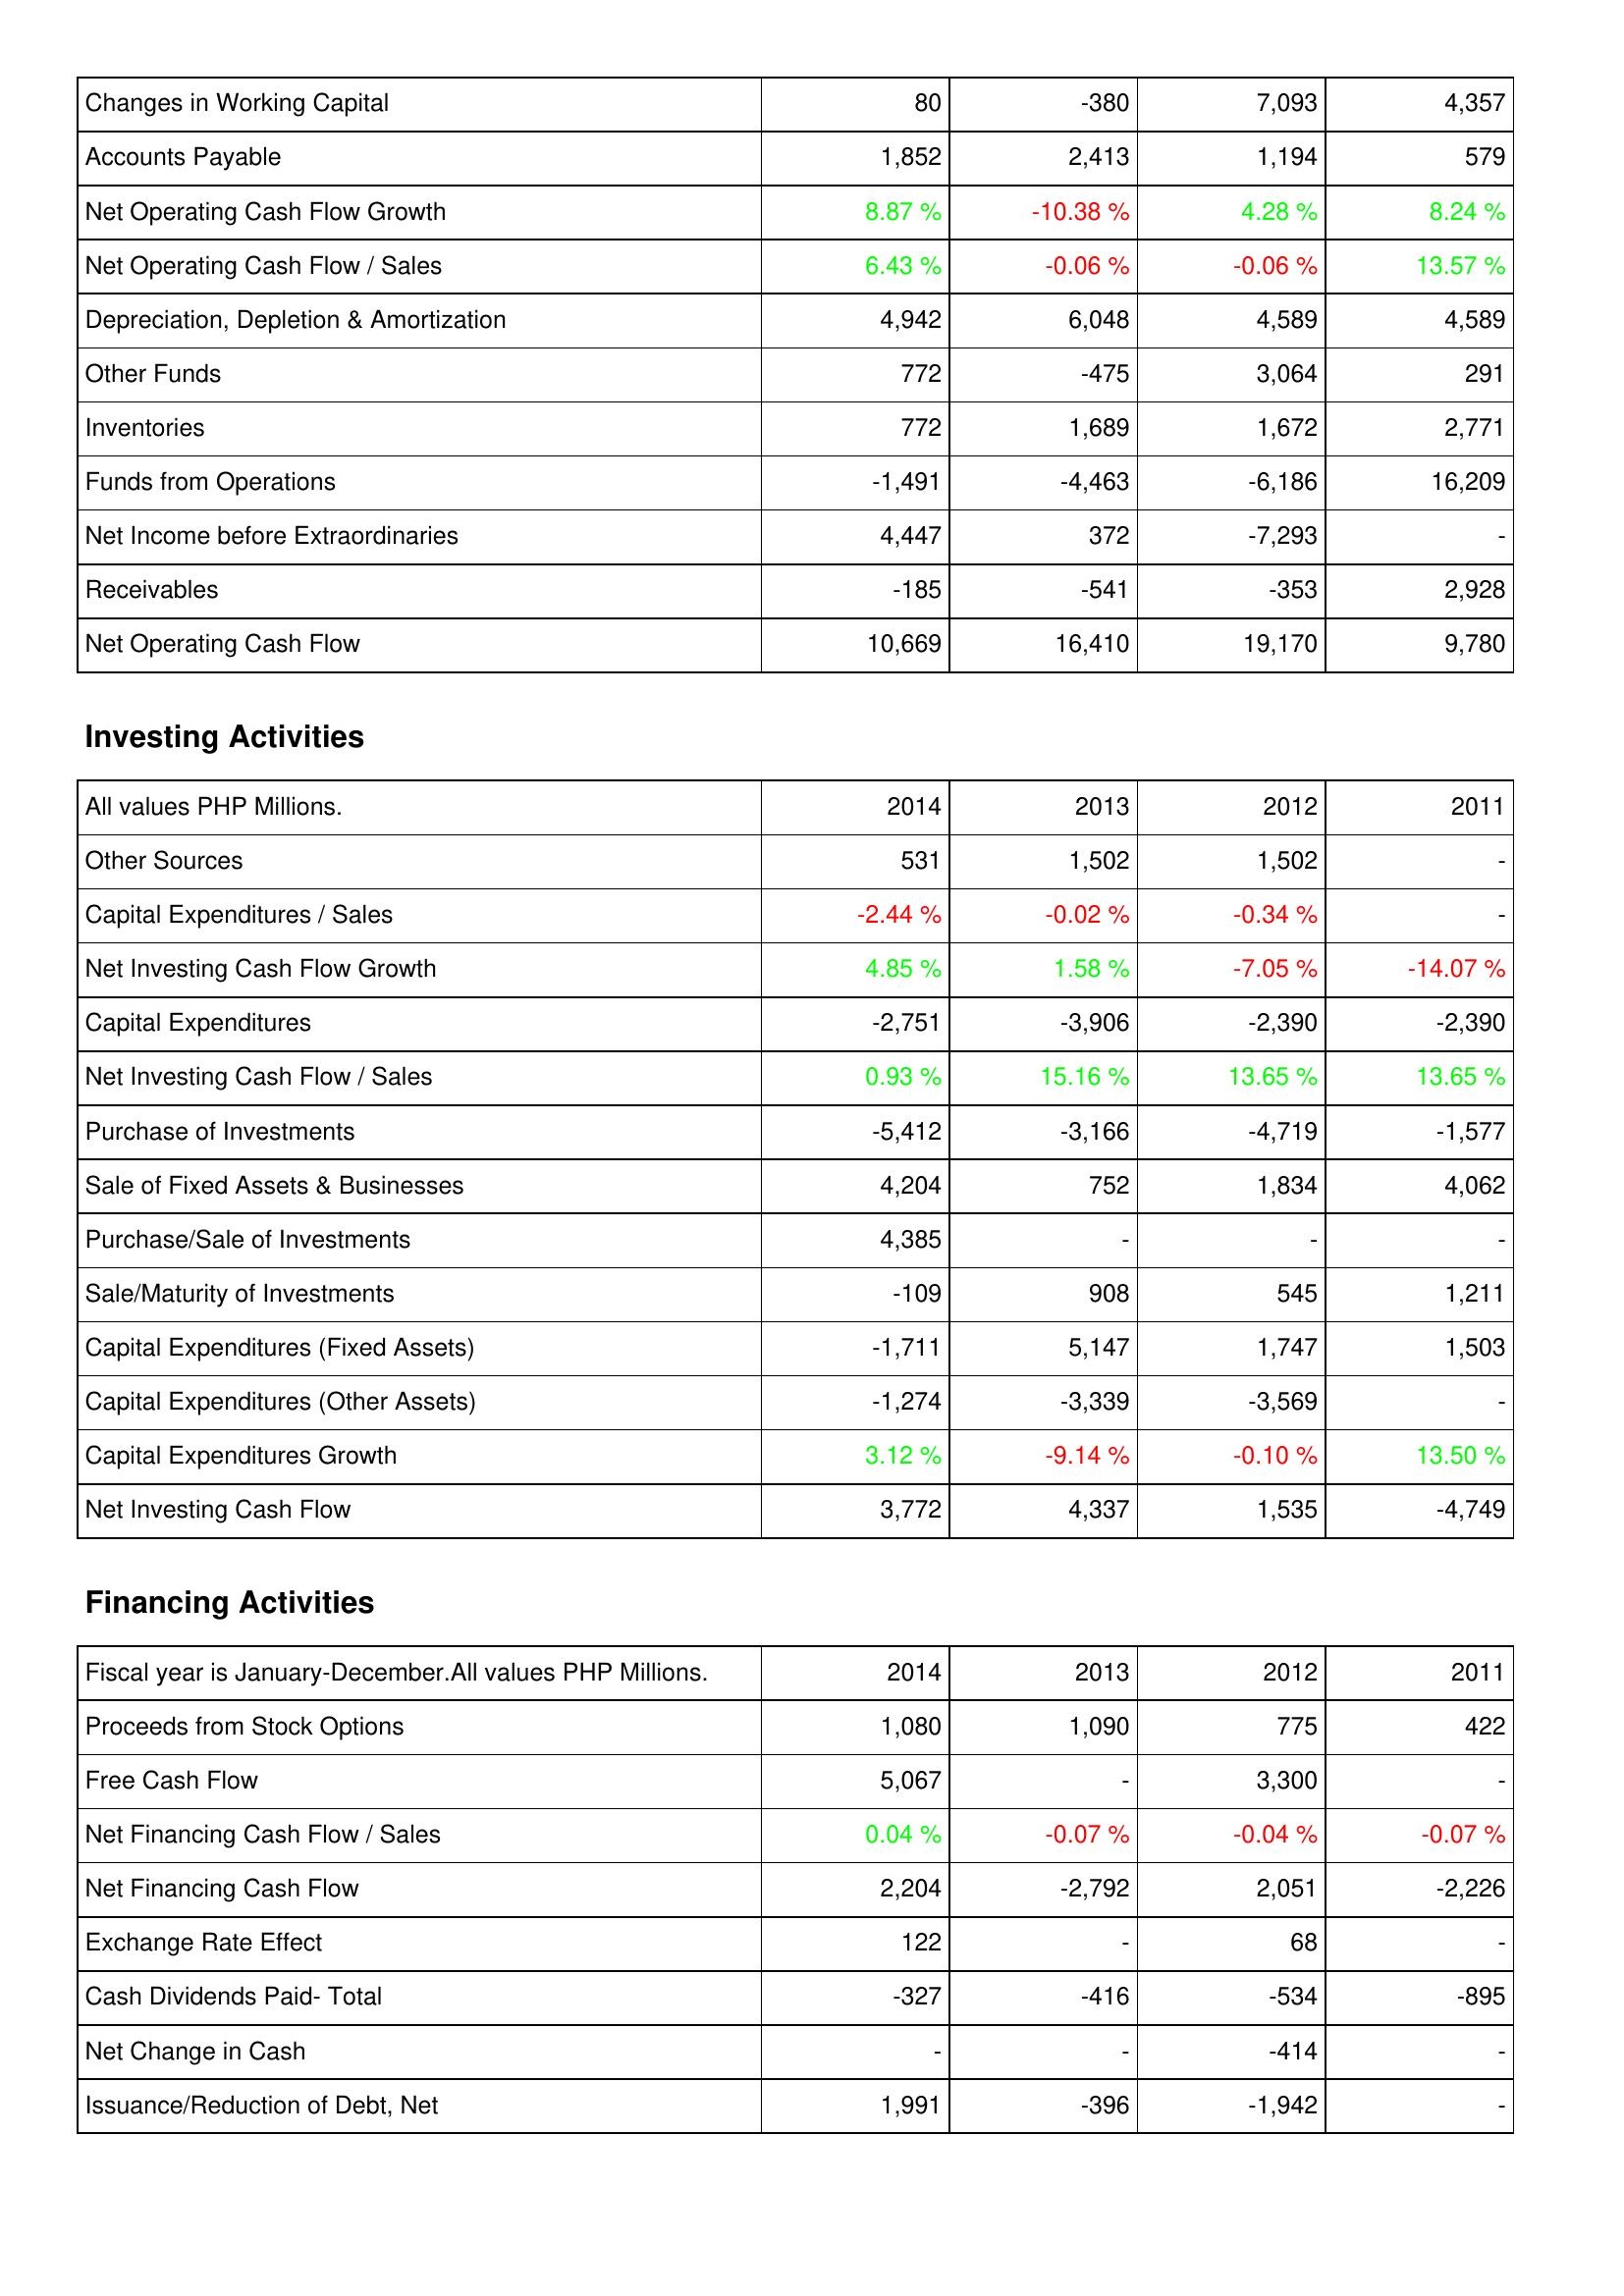
2014: Operating Activities: Changes in Working Capital: 80
Accounts Payable: 1,852
Net Operating Cash Flow Growth: 8.87 %
Net Operating Cash Flow / Sales: 6.43 %
Depreciation, Depletion & Amortization: 4,942
Other Funds: 772
Inventories: 772
Funds from Operations: -1,491
Net Income before Extraordinaries: 4,447
Receivables: -185
Net Operating Cash Flow: 10,669
Investing Activities: Other Sources: 531
Capital Expenditures / Sales: -2.44 %
Net Investing Cash Flow Growth: 4.85 %
Capital Expenditures: -2,751
Net Investing Cash Flow / Sales: 0.93 %
Purchase of Investments: -5,412
Sale of Fixed Assets & Businesses: 4,204
Purchase/Sale of Investments: 4,385
Sale/Maturity of Investments: -109
Capital Expenditures (Fixed Assets): -1,711
Capital Expenditures (Other Assets): -1,274
Capital Expenditures Growth: 3.12 %
Net Investing Cash Flow: 3,772
Financing Activities: Proceeds from Stock Options: 1,080
Free Cash Flow: 5,067
Net Financing Cash Flow / Sales: 0.04 %
Net Financing Cash Flow: 2,204
Exchange Rate Effect: 122
Cash Dividends Paid- Total: -327
Net Change in Cash: -
Issuance/Reduction of Debt, Net: 1,991
2013: Operating Activities: Changes in Working Capital: -380
Accounts Payable: 2,413
Net Operating Cash Flow Growth: -10.38 %
Net Operating Cash Flow / Sales: -0.06 %
Depreciation, Depletion & Amortization: 6,048
Other Funds: -475
Inventories: 1,689
Funds from Operations: -4,463
Net Income before Extraordinaries: 372
Receivables: -541
Net Operating Cash Flow: 16,410
Investing Activities: Other Sources: 1,502
Capital Expenditures / Sales: -0.02 %
Net Investing Cash Flow Growth: 1.58 %
Capital Expenditures: -3,906
Net Investing Cash Flow / Sales: 15.16 %
Purchase of Investments: -3,166
Sale of Fixed Assets & Businesses: 752
Purchase/Sale of Investments: -
Sale/Maturity of Investments: 908
Capital Expenditures (Fixed Assets): 5,147
Capital Expenditures (Other Assets): -3,339
Capital Expenditures Growth: -9.14 %
Net Investing Cash Flow: 4,337
Financing Activities: Proceeds from Stock Options: 1,090
Free Cash Flow: -
Net Financing Cash Flow / Sales: -0.07 %
Net Financing Cash Flow: -2,792
Exchange Rate Effect: -
Cash Dividends Paid- Total: -416
Net Change in Cash: -
Issuance/Reduction of Debt, Net: -396
2012: Operating Activities: Changes in Working Capital: 7,093
Accounts Payable: 1,194
Net Operating Cash Flow Growth: 4.28 %
Net Operating Cash Flow / Sales: -0.06 %
Depreciation, Depletion & Amortization: 4,589
Other Funds: 3,064
Inventories: 1,672
Funds from Operations: -6,186
Net Income before Extraordinaries: -7,293
Receivables: -353
Net Operating Cash Flow: 19,170
Investing Activities: Other Sources: 1,502
Capital Expenditures / Sales: -0.34 %
Net Investing Cash Flow Growth: -7.05 %
Capital Expenditures: -2,390
Net Investing Cash Flow / Sales: 13.65 %
Purchase of Investments: -4,719
Sale of Fixed Assets & Businesses: 1,834
Purchase/Sale of Investments: -
Sale/Maturity of Investments: 545
Capital Expenditures (Fixed Assets): 1,747
Capital Expenditures (Other Assets): -3,569
Capital Expenditures Growth: -0.10 %
Net Investing Cash Flow: 1,535
Financing Activities: Proceeds from Stock Options: 775
Free Cash Flow: 3,300
Net Financing Cash Flow / Sales: -0.04 %
Net Financing Cash Flow: 2,051
Exchange Rate Effect: 68
Cash Dividends Paid- Total: -534
Net Change in Cash: -414
Issuance/Reduction of Debt, Net: -1,942
2011: Operating Activities: Changes in Working Capital: 4,357
Accounts Payable: 579
Net Operating Cash Flow Growth: 8.24 %
Net Operating Cash Flow / Sales: 13.57 %
Depreciation, Depletion & Amortization: 4,589
Other Funds: 291
Inventories: 2,771
Funds from Operations: 16,209
Net Income before Extraordinaries: -
Receivables: 2,928
Net Operating Cash Flow: 9,780
Investing Activities: Other Sources: -
Capital Expenditures / Sales: -
Net Investing Cash Flow Growth: -14.07 %
Capital Expenditures: -2,390
Net Investing Cash Flow / Sales: 13.65 %
Purchase of Investments: -1,577
Sale of Fixed Assets & Businesses: 4,062
Purchase/Sale of Investments: -
Sale/Maturity of Investments: 1,211
Capital Expenditures (Fixed Assets): 1,503
Capital Expenditures (Other Assets): -
Capital Expenditures Growth: 13.50 %
Net Investing Cash Flow: -4,749
Financing Activities: Proceeds from Stock Options: 422
Free Cash Flow: -
Net Financing Cash Flow / Sales: -0.07 %
Net Financing Cash Flow: -2,226
Exchange Rate Effect: -
Cash Dividends Paid- Total: -895
Net Change in Cash: -
Issuance/Reduction of Debt, Net: -